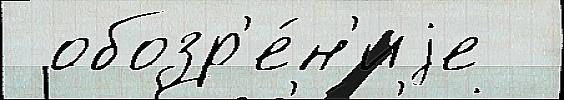
 обозр'е́н'иjе